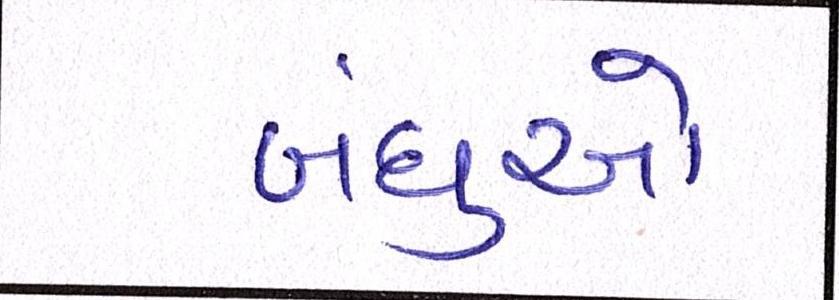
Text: બંધુઓ